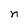
Character: n